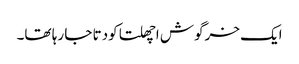
ایک خرگوش اچھلتا کودتا جا رہا تھا۔